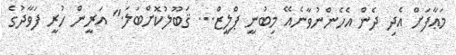
މަޢާފަށް އެދި ދެން އެހެންނުވާނެއޭ މިބުނީ ޕްލީޒް... ޤަބޫލުކޮށްބަލަ." އަރީން ހުރީ ފަވާދުގެ